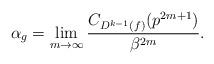
LaTeX: \begin{align*}\alpha_{g}=\displaystyle\lim _{m\rightarrow \infty }\dfrac{C_{D^{k-1}(f)}(p^{2m+1}) }{\beta ^{2m}}.\end{align*}